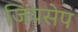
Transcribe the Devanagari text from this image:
जियसेप